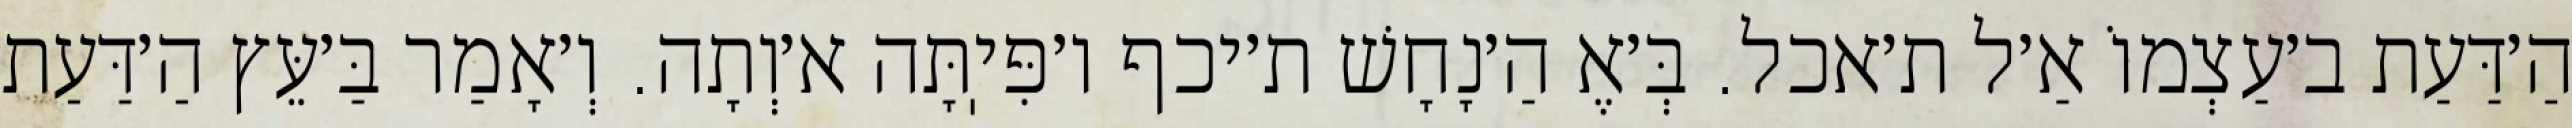
הַ׳דַּעַת ב׳עַצְמוֹ אַ׳ל ת׳אכל. בְּ׳אֶ הַ׳נָחָשׁ ת׳יכף ו׳פִּיֽתָּה א׳וְתָה. וְ׳אָמַר בַּ׳עֵּץ הַ׳דַּעַת